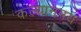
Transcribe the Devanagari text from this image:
कल्यानमय